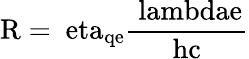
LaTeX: \mathrm{R=\ eta_{qe}{\frac{\ lambdae}{hc}}}